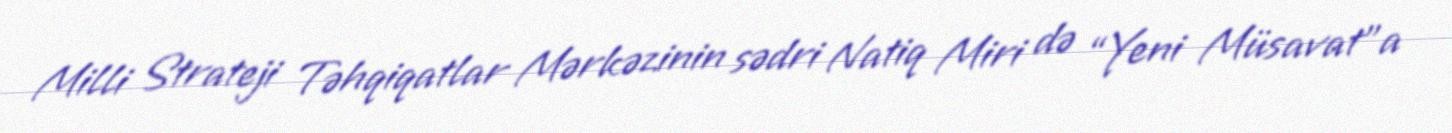
Milli Strateji Təhqiqatlar Mərkəzinin sədri Natiq Miri də “Yeni Müsavat”a